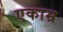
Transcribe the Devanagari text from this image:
एकाम्र